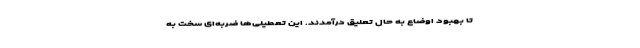
تا بهبود اوضاع به حال تعلیق درآمدند. این تعطیلی‌ها ضربه‌ای سخت به